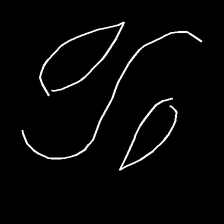
Glyph: water